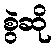
စွဲဆို